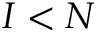
I < N